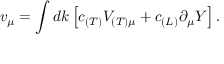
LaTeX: v _ { \mu } = \int d k \left[ c _ { ( T ) } V _ { ( T ) \mu } + c _ { ( L ) } \partial _ { \mu } Y \right] .